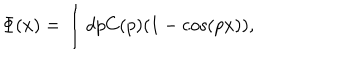
LaTeX: \Phi ( x ) = \int d p C ( p ) ( 1 - \cos ( p x ) ) ,